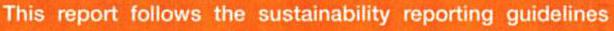
This report follows the sustainability reporting guidelines